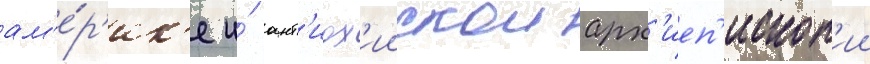
ам'е́р'ик'е и́ ант'иох'иискои арх'иеп'ископ'ии